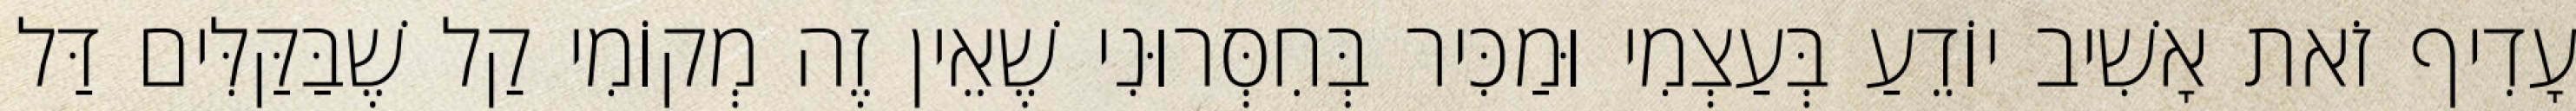
עָדִיף זֹאת אָשִׁיב יוֹדֵעַ בְּעַצְמִי וּמַכִּיר בְּחִסְּרוּנִי שֶׁאֵין זֶה מְקוֹמִי קַל שֶׁבַּקַּלִּים דַּל